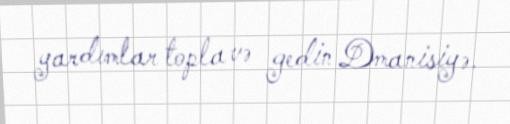
yardımlar topla və gedin Dmanisiyə.